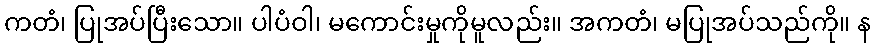
ကတံ၊ ပြုအပ်ပြီးသော။ ပါပံဝါ၊ မကောင်းမှုကိုမူလည်း။ အကတံ၊ မပြုအပ်သည်ကို။ န